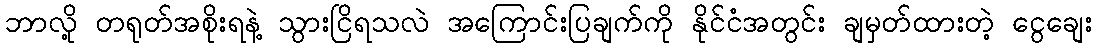
ဘာလို့ တရုတ်အစိုးရနဲ့ သွားငြိရသလဲ အကြောင်းပြချက်ကို နိုင်ငံအတွင်း ချမှတ်ထားတဲ့ ငွေချေး